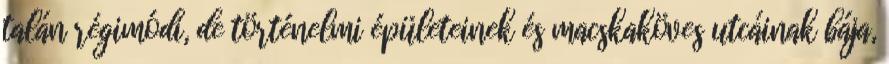
talán régimódi, de történelmi épületeinek és macskaköves utcáinak bája,